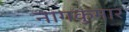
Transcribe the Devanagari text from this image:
नागकुमार